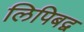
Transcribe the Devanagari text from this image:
लिपिबद्व